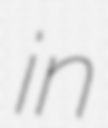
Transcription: in